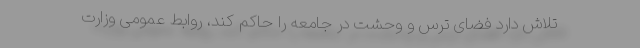
تلاش دارد فضای ترس و وحشت در جامعه را حاکم کند، روابط عمومی وزارت